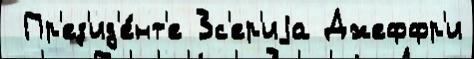
 Пр'ез'ид'е́нт'е 3с'ер'иjа Джеффр'и